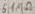
Text: 5.1MΩ